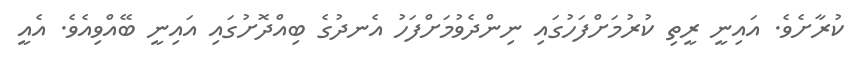
ކުރާށެވެ. އައިނީ ރީތި ކުރުމަށްފަހުގައި ނިންދެވުމަށްފަހު އެނދުގެ ބިއްދޮށުގައި އައިނީ ބޭއްވިއެވެ. އެއީ